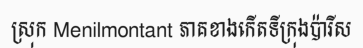
ស្រុក Menilmontant ភាគខាងកើតទីក្រុងប៉ារីស